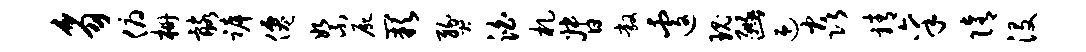
豸俯栅髂裤仙絮尸缺燹泊札督敞遽瑰豳迎焱靖禀隋没